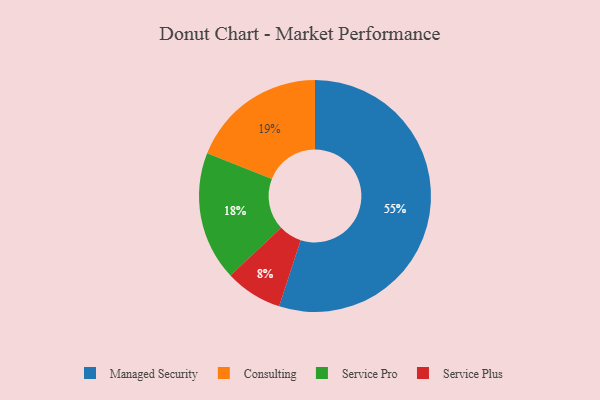
{"axis": {"x": "Category", "y": "Percentage"}, "legend": ["Consulting", "Managed Security", "Service Plus", "Service Pro"], "data": [{"x": "Service Plus", "y": 8, "type": "Service Plus"}, {"x": "Consulting", "y": 19, "type": "Consulting"}, {"x": "Service Pro", "y": 18, "type": "Service Pro"}, {"x": "Managed Security", "y": 55, "type": "Managed Security"}]}